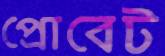
প্রোবেট